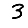
Digit: 3